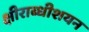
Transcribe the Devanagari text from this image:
क्षीराब्धीशयन